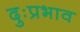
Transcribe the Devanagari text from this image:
दुःप्रभाव